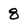
Character: 8